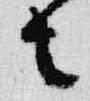
者